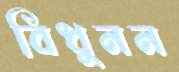
বিধুনন